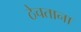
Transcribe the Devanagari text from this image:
ठेचताना